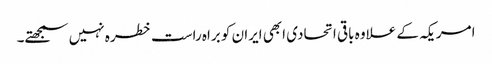
امریکہ کے علاوہ باقی اتحادی ابھی ایران کو براہ راست خطرہ نہیں سمجھتے۔